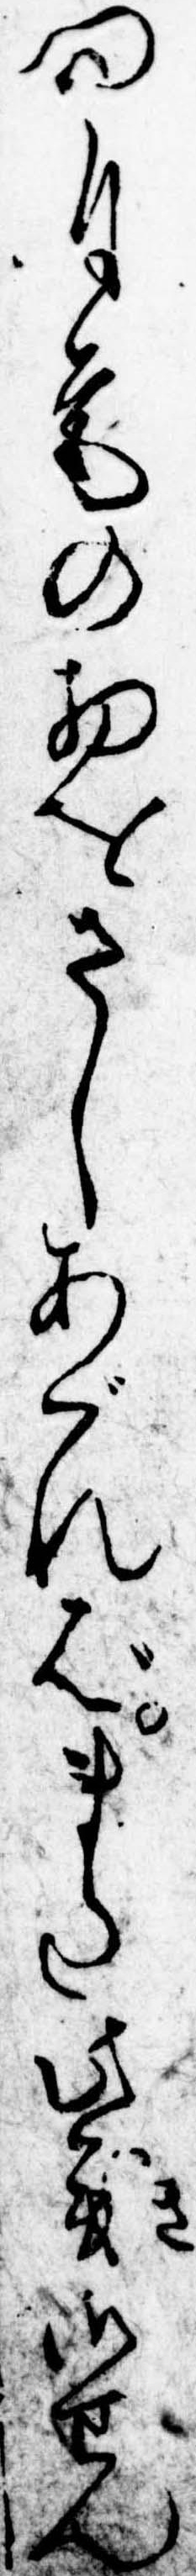
門自筆の物をさしあぐればまた此義御せん